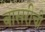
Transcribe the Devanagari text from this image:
बासरीची